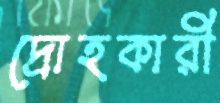
দ্রোহকারী